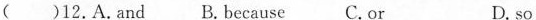
()12.A.And B.Because C.or D. so